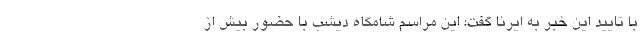
با تایید این خبر به ایرنا گفت: این مراسم شامگاه دیشب با حضور بیش از